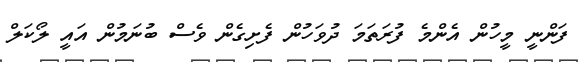
ފަންނީ މީހުން އެންމެ ފުރަތަމަ ދުވަހުން ފެށިގެން ވެސް ބުނަމުން އައީ ލޯކަލް